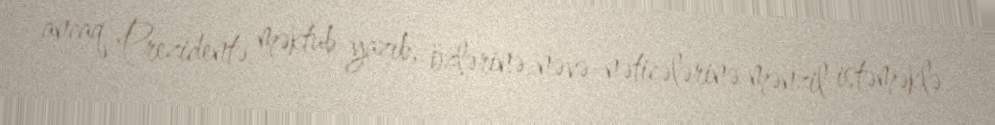
ancaq Prezidentə məktub yazıb, özlərinə, nəvə-nəticələrinə mənzil istəməklə